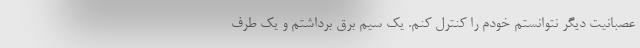
عصبانیت دیگر نتوانستم خودم را کنترل کنم. یک سیم برق برداشتم و یک طرف